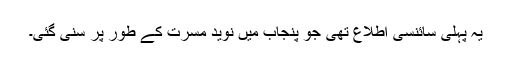
یہ پہلی سائنسی اطلاع تھی جو پنجاب میں نویدِ مسرت کے طور پر سنی گئی۔